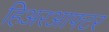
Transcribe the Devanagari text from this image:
हिअरआफ्टर